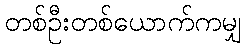
တစ်ဦးတစ်ယောက်ကမျှ